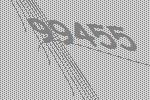
99455